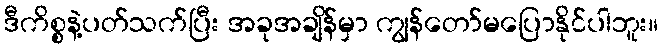
ဒီကိစ္စနဲ့ပတ်သက်ပြီး အခုအချိန်မှာ ကျွန်တော်မပြောနိုင်ပါဘူး။